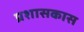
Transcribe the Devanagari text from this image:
प्रशासकास